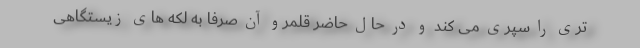
تری را سپری می کند و در حال حاضر قلمرو آن صرفا به لکه های زیستگاهی